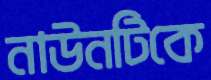
নাউনটিকে